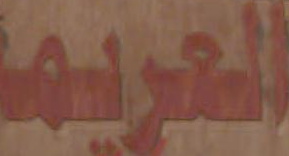
العريمة